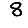
Digit: 8